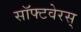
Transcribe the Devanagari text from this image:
सॉफ्टवेरस्